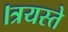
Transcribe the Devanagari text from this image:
।त्रयस्ते